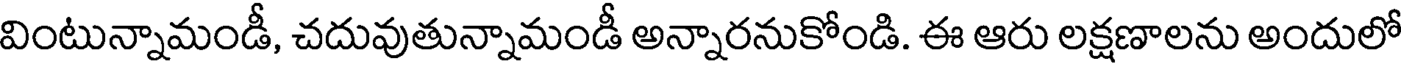
వింటున్నామండీ, చదువుతున్నామండీ అన్నారనుకోండి. ఈ ఆరు లక్షణాలను అందులో